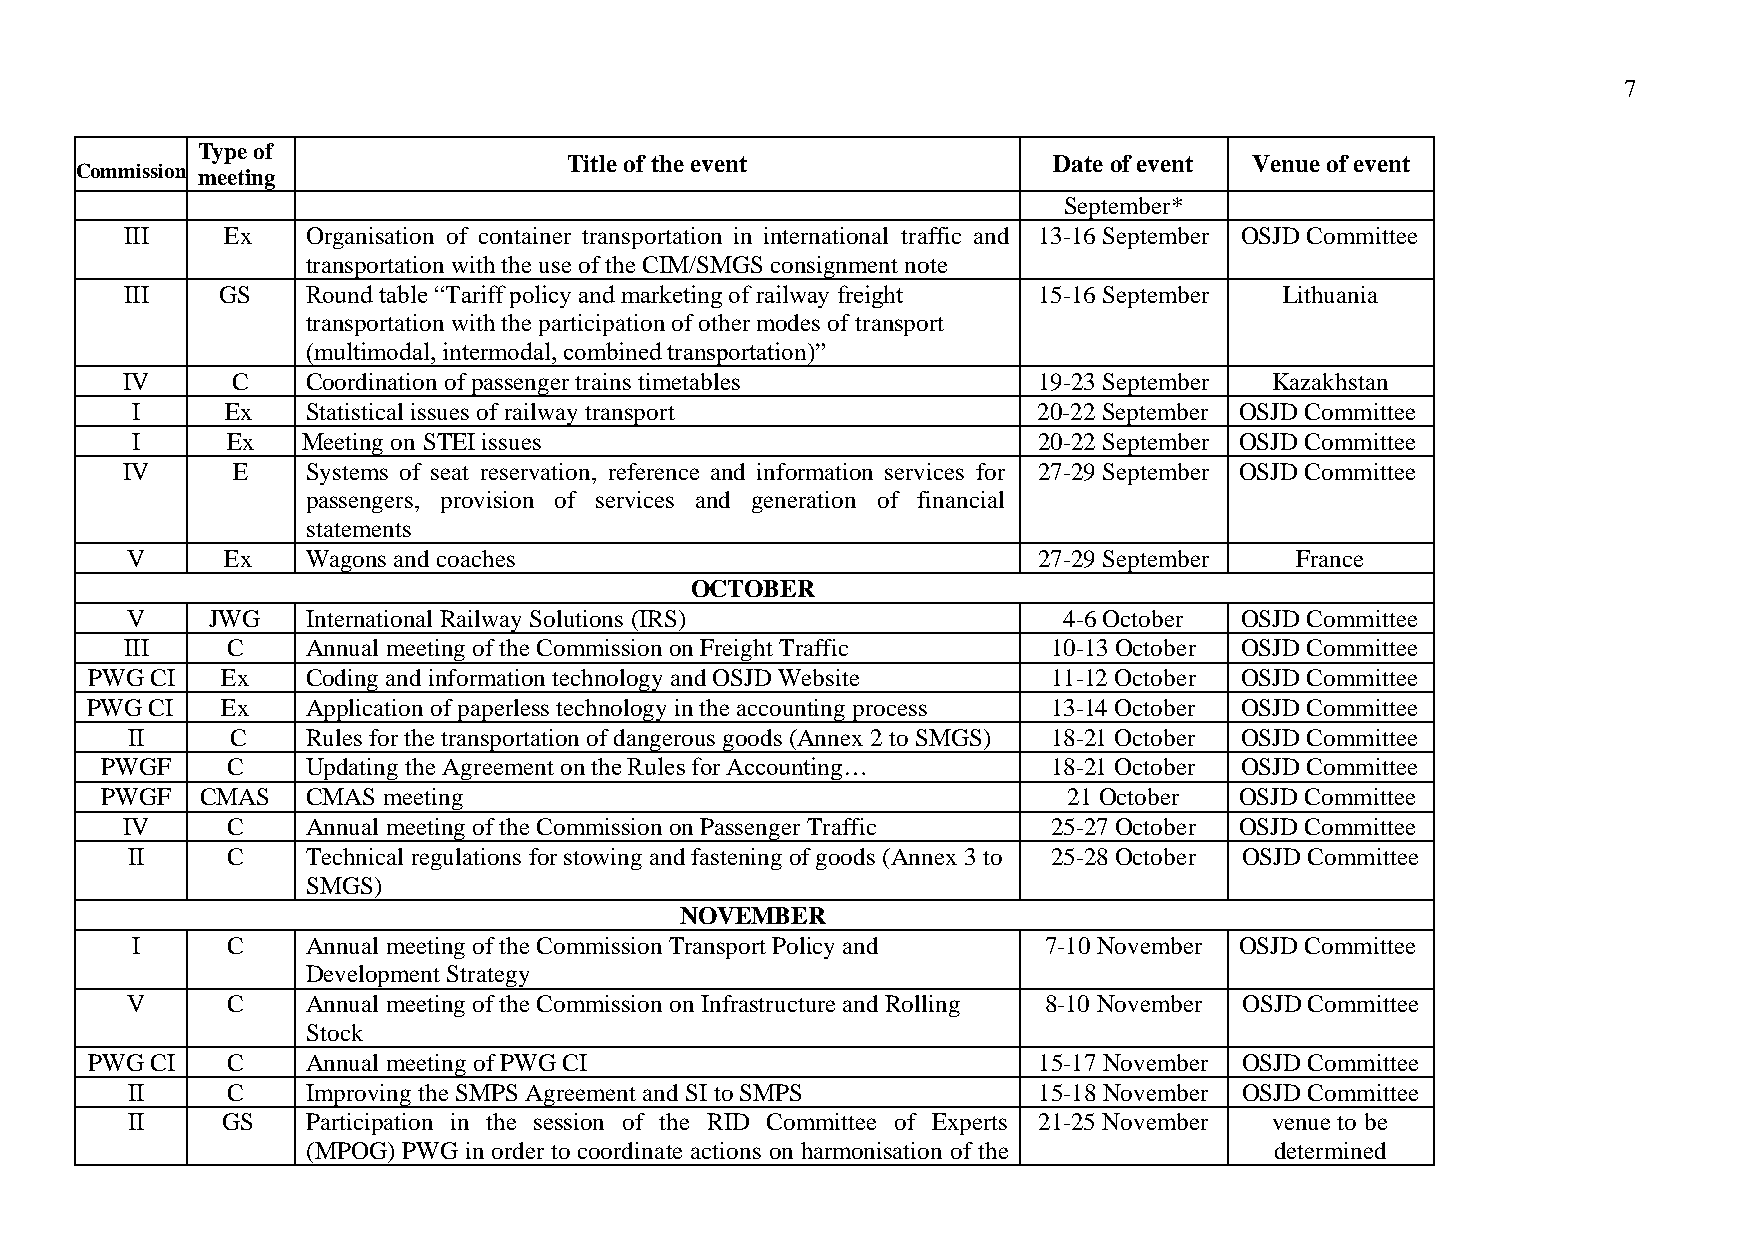
7
 Type of
 Commission meeting
 Title of the event              Date of event Venue of event
 September*
 III    Ex   Organisation of container transportation in international traffic and 13-16 September OSJD Committee
 transportation with the use of the CIM/SMGS consignment note
 III    GS   Round table “Tariff policy and marketing of railway freight 15-16 September Lithuania
 transportation with the participation of other modes of transport
 (multimodal, intermodal, combined transportation)”
 IV     C    Coordination of passenger trains timetables      19-23 September Kazakhstan
 I     Ex   Statistical issues of railway transport          20-22 September OSJD Committee
 I     Ex   Meeting on STEI issues                           20-22 September OSJD Committee
 IV     E    Systems of seat reservation, reference and information services for 27-29 September OSJD Committee
 passengers, provision of services and generation of financial
 statements
 V      Ex   Wagons and coaches                               27-29 September  France
 OCTOBER
 V     JWG   International Railway Solutions (IRS)             4-6 October OSJD Committee
 III    C    Annual meeting of the Commission on Freight Traffic 10-13 October OSJD Committee
 PWG CI   Ex   Coding and information technology and OSJD Website 11-12 October OSJD Committee
 PWG CI   Ex   Application of paperless technology in the accounting process 13-14 October OSJD Committee
 II     C    Rules for the transportation of dangerous goods (Annex 2 to SMGS) 18-21 October OSJD Committee
 PWGF    C    Updating the Agreement on the Rules for Accounting… 18-21 October OSJD Committee
 PWGF  CMAS   CMAS meeting                                       21 October OSJD Committee
 IV     C    Annual meeting of the Commission on Passenger Traffic 25-27 October OSJD Committee
 II     C    Technical regulations for stowing and fastening of goods (Annex 3 to 25-28 October OSJD Committee
 SMGS)
 NOVEMBER
 I     C    Annual meeting of the Commission Transport Policy and 7-10 November OSJD Committee
 Development Strategy
 V      C    Annual meeting of the Commission on Infrastructure and Rolling 8-10 November OSJD Committee
 Stock
 PWG CI   C    Annual meeting of PWG CI                         15-17 November OSJD Committee
 II     C    Improving the SMPS Agreement and SI to SMPS      15-18 November OSJD Committee
 II     GS   Participation in the session of the RID Committee of Experts 21-25 November venue to be
 (MPOG) PWG in order to coordinate actions on harmonisation of the determined